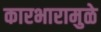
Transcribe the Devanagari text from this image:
कारभारामुळे